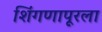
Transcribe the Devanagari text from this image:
शिंगणापूरला